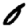
Digit: 0